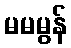
မမမွန်